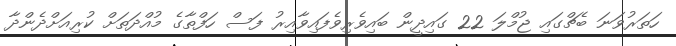
ހަތަރުވަނަ ބެޗްގައި ޖުމްލަ 22 ގައިދީން ބައިވެރިވެފައިވާއިރު ފަސް ހަފްތާގެ މުއްދަތަށް ކުރިއަށްދެންދާ